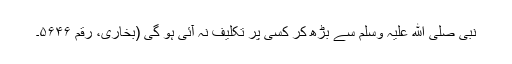
نبی صلی ﷲ علیہ وسلم سے بڑھ کر کسی پر تکلیف نہ آئی ہو گی (بخاری، رقم ۵۶۴۶۔